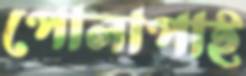
পোলাপাই